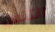
التنس